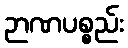
ဉာဏပစ္စည်း